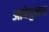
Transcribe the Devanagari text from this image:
आबेदुल्ला